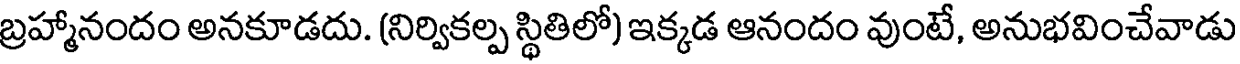
బ్రహ్మానందం అనకూడదు. (నిర్వికల్ప స్థితిలో) ఇక్కడ ఆనందం వుంటే, అనుభవించేవాడు